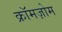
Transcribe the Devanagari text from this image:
क्रॉमज़ोम